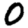
Digit: 0